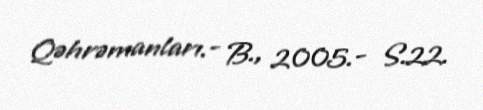
Qəhrəmanları.- B., 2005.- S.22.